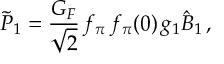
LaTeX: \tilde { P } _ { 1 } = \frac { G _ { F } } { \sqrt { 2 } } \, f _ { \pi } \, f _ { \pi } ( 0 ) \, g _ { 1 } \hat { B } _ { 1 } \, ,